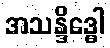
အသန္ဒိဒ္ဓေါ